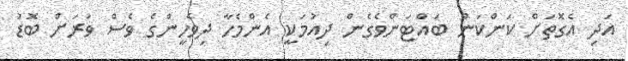
އަދި އެގޮތަށް ކަންކަން ބައްޓަންވެގެން ދިއުމަކީ އެންމެހާ ދިވެހީންގެ ވެސް ވަރަށް ބޮޑު